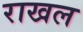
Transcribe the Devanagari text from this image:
राखल